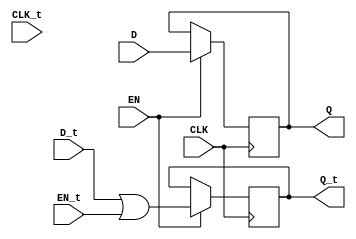
module m_0 (CLK, CLK_t, D, D_t, EN, EN_t, Q, Q_t);

parameter WIDTH = 2;
parameter CLK_POLARITY = 1'b1;
parameter EN_POLARITY = 1'b1;

input CLK, EN;
input [WIDTH-1:0] D;
input [31:0] D_t;
input [31:0] CLK_t;
input [31:0] EN_t;
output reg [WIDTH-1:0] Q;
output reg [31:0] Q_t;
wire pos_clk = CLK == CLK_POLARITY;

initial begin
    Q_t = 0;
end

always @(posedge pos_clk) begin
	if (EN == EN_POLARITY) begin
	 Q <= D;
	 Q_t <= D_t | EN_t;
	 end
end

endmodule